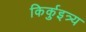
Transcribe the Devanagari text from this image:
किर्कुइत्र्य